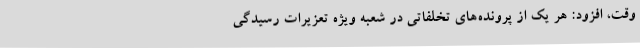
وقت، افزود: هر یک از پرونده‌های تخلفاتی در شعبه ویژه تعزیرات رسیدگی